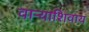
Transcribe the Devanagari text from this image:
वाऱ्याशिवाय